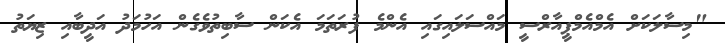
"މިސާލަކަށް އެމްއެމްޕީއާރްސީ މައްސަލައިގައި އެންމެ ފުރަތަމަ އެކަން ސާބިތުވެގެން އަހުމަދު އަދީބާއި ޒިޔަތު